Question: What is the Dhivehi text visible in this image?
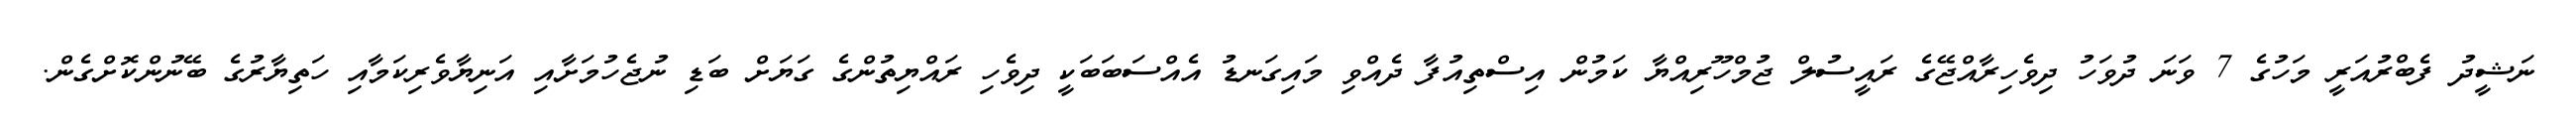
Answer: ނަޝީދު ފެބްރުއަރީ މަހުގެ 7 ވަނަ ދުވަހު ދިވެހިރާއްޖޭގެ ރައީސުލް ޖުމްހޫރިއްޔާ ކަމުން އިސްތިއުފާ ދެއްވި މައިގަނޑު އެއްސަބަބަކީ ދިވެހި ރައްޔިތުންގެ ގަޔަށް ބަޑި ނުޖެހުމަށާއި އަނިޔާވެރިކަމާއި ހަތިޔާރުގެ ބޭނުންކޮށްގެން.